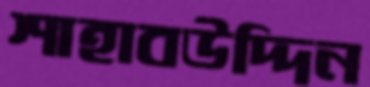
শাহাবউদ্দিন